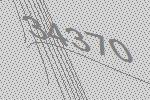
34370